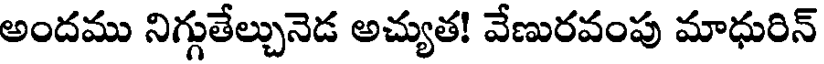
అందము నిగ్గుతేల్చునెడ అచ్యుత! వేణురవంపు మాధురిన్